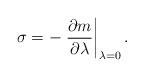
LaTeX: \begin{align*}\sigma =-\left.\frac{\partial m}{\partial \lambda}\right|_{\lambda =0}.\end{align*}